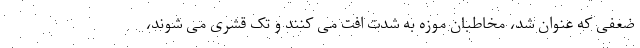
ضعفی که عنوان شد، مخاطبان موزه به شدت افت می کنند و تک قشری می شوند،